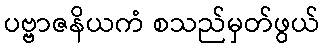
ပဗ္ဗာဇနိယကံ စသည်မှတ်ဖွယ်